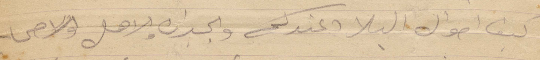
كيف أحوال البلاد عندكم والجيران والاهل والاصحاب.